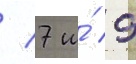
/ 7 и́ 9